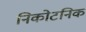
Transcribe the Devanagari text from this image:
निकोटनिक